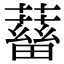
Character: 𧁖